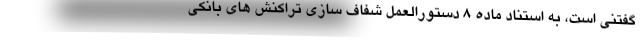
گفتنی است، به استناد ماده 8 دستورالعمل شفاف سازی تراکنش های بانکی